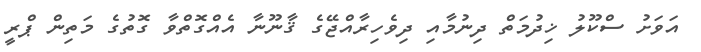
އަވަށު ސްކޫލު ޚިދުމަތް ދިނުމާއި ދިވެހިރާއްޖޭގެ ޤާނޫނާ އެއްގޮތްވާ ގޮތުގެ މަތިން ޕްރީ